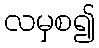
လမှစ၍